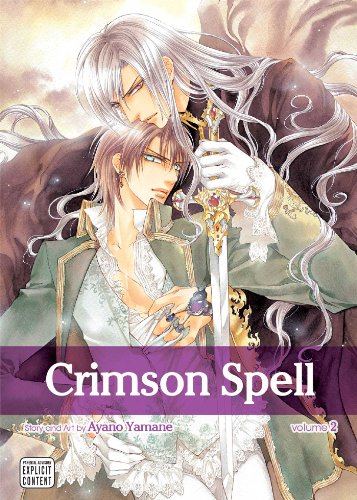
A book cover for Crimson Spell, Vol. 2; Ayano Yamane; Comics & Graphic Novels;